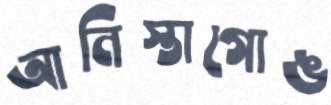
আনিস্তাগোঙ